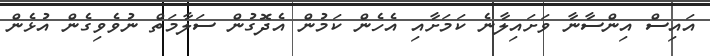
އައިސް އިންސާނާ ވަށައިލާނެ ކަމަށާއި އެހެން ކަމުން އެދޮގުން ސަލާމަތް ނުވެވިގެން އުޅެން